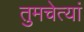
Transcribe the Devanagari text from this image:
तुमचेत्यां